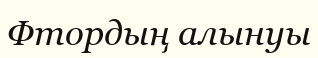
Фтордың алынуы